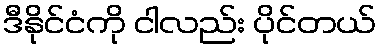
ဒီနိုင်ငံကို ငါလည်း ပိုင်တယ်